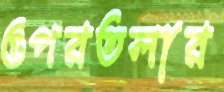
ওপরতলার